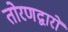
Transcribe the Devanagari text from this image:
तोरणद्वारों